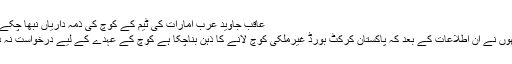
Image caption عاقب جاوید عرب امارات کی ٹیم کے کوچ کی ذمہ داریاں نبھا چکے ہیں
لیکن ایک روز بعد ہی انھوں نے ان اطلاعات کے بعد کہ پاکستان کرکٹ بورڈ غیرملکی کوچ لانے کا ذہن بناچکا ہے کوچ کے عہدے کے لیے درخواست نہ دینے کا فیصلہ کرلیا ہے۔